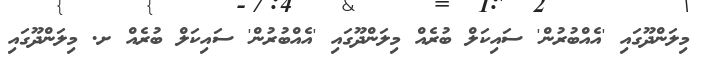
މިލަންދޫގައި 'އެއްބުރުން' ސައިކަލް ބުރެއް މިލަންދޫގައި 'އެއްބުރުން' ސައިކަލް ބުރެއް ށ. މިލަންދޫގައި